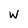
Character: W